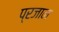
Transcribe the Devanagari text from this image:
प्रजान